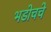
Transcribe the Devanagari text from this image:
भडोचचे